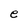
Character: e